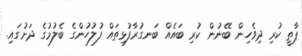
ޕާތީ ކުރި ދިވެހިން ބޭނުން ކުރި ބައެއް ބަނގުރާފުޅިތައް ފުލުހުންގެ ބެލުމުގެ ދަށުގައި.